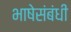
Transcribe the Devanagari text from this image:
भाषेसंबंधी